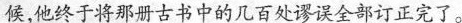
候，他终于将那甜古书中的几百处谬误全部订正完了。